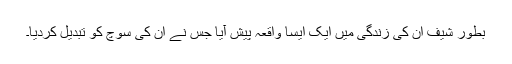
بطور شیف ان کی زندگی میں ایک ایسا واقعہ پیش آیا جس نے ان کی سوچ کو تبدیل کردیا۔